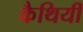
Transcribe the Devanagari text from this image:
कैथियीं